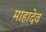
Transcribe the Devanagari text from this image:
माहादेव